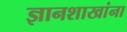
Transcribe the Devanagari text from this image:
ज्ञानशाखांना